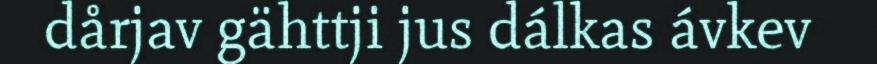
dårjav gähttji jus dálkas ávkev